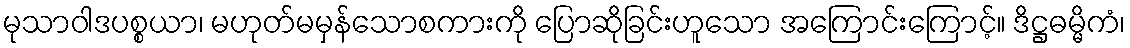
မုသာဝါဒပစ္စယာ၊ မဟုတ်မမှန်သောစကားကို ပြောဆိုခြင်းဟူသော အကြောင်းကြောင့်။ ဒိဋ္ဌဓမ္မိကံ၊